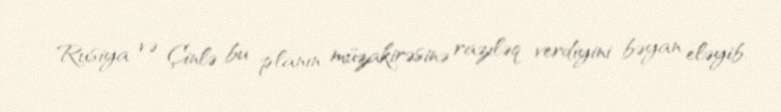
Rusiya və Çinlə bu planın müzakirəsinə razıləq verdiyini bəyan eləyib.